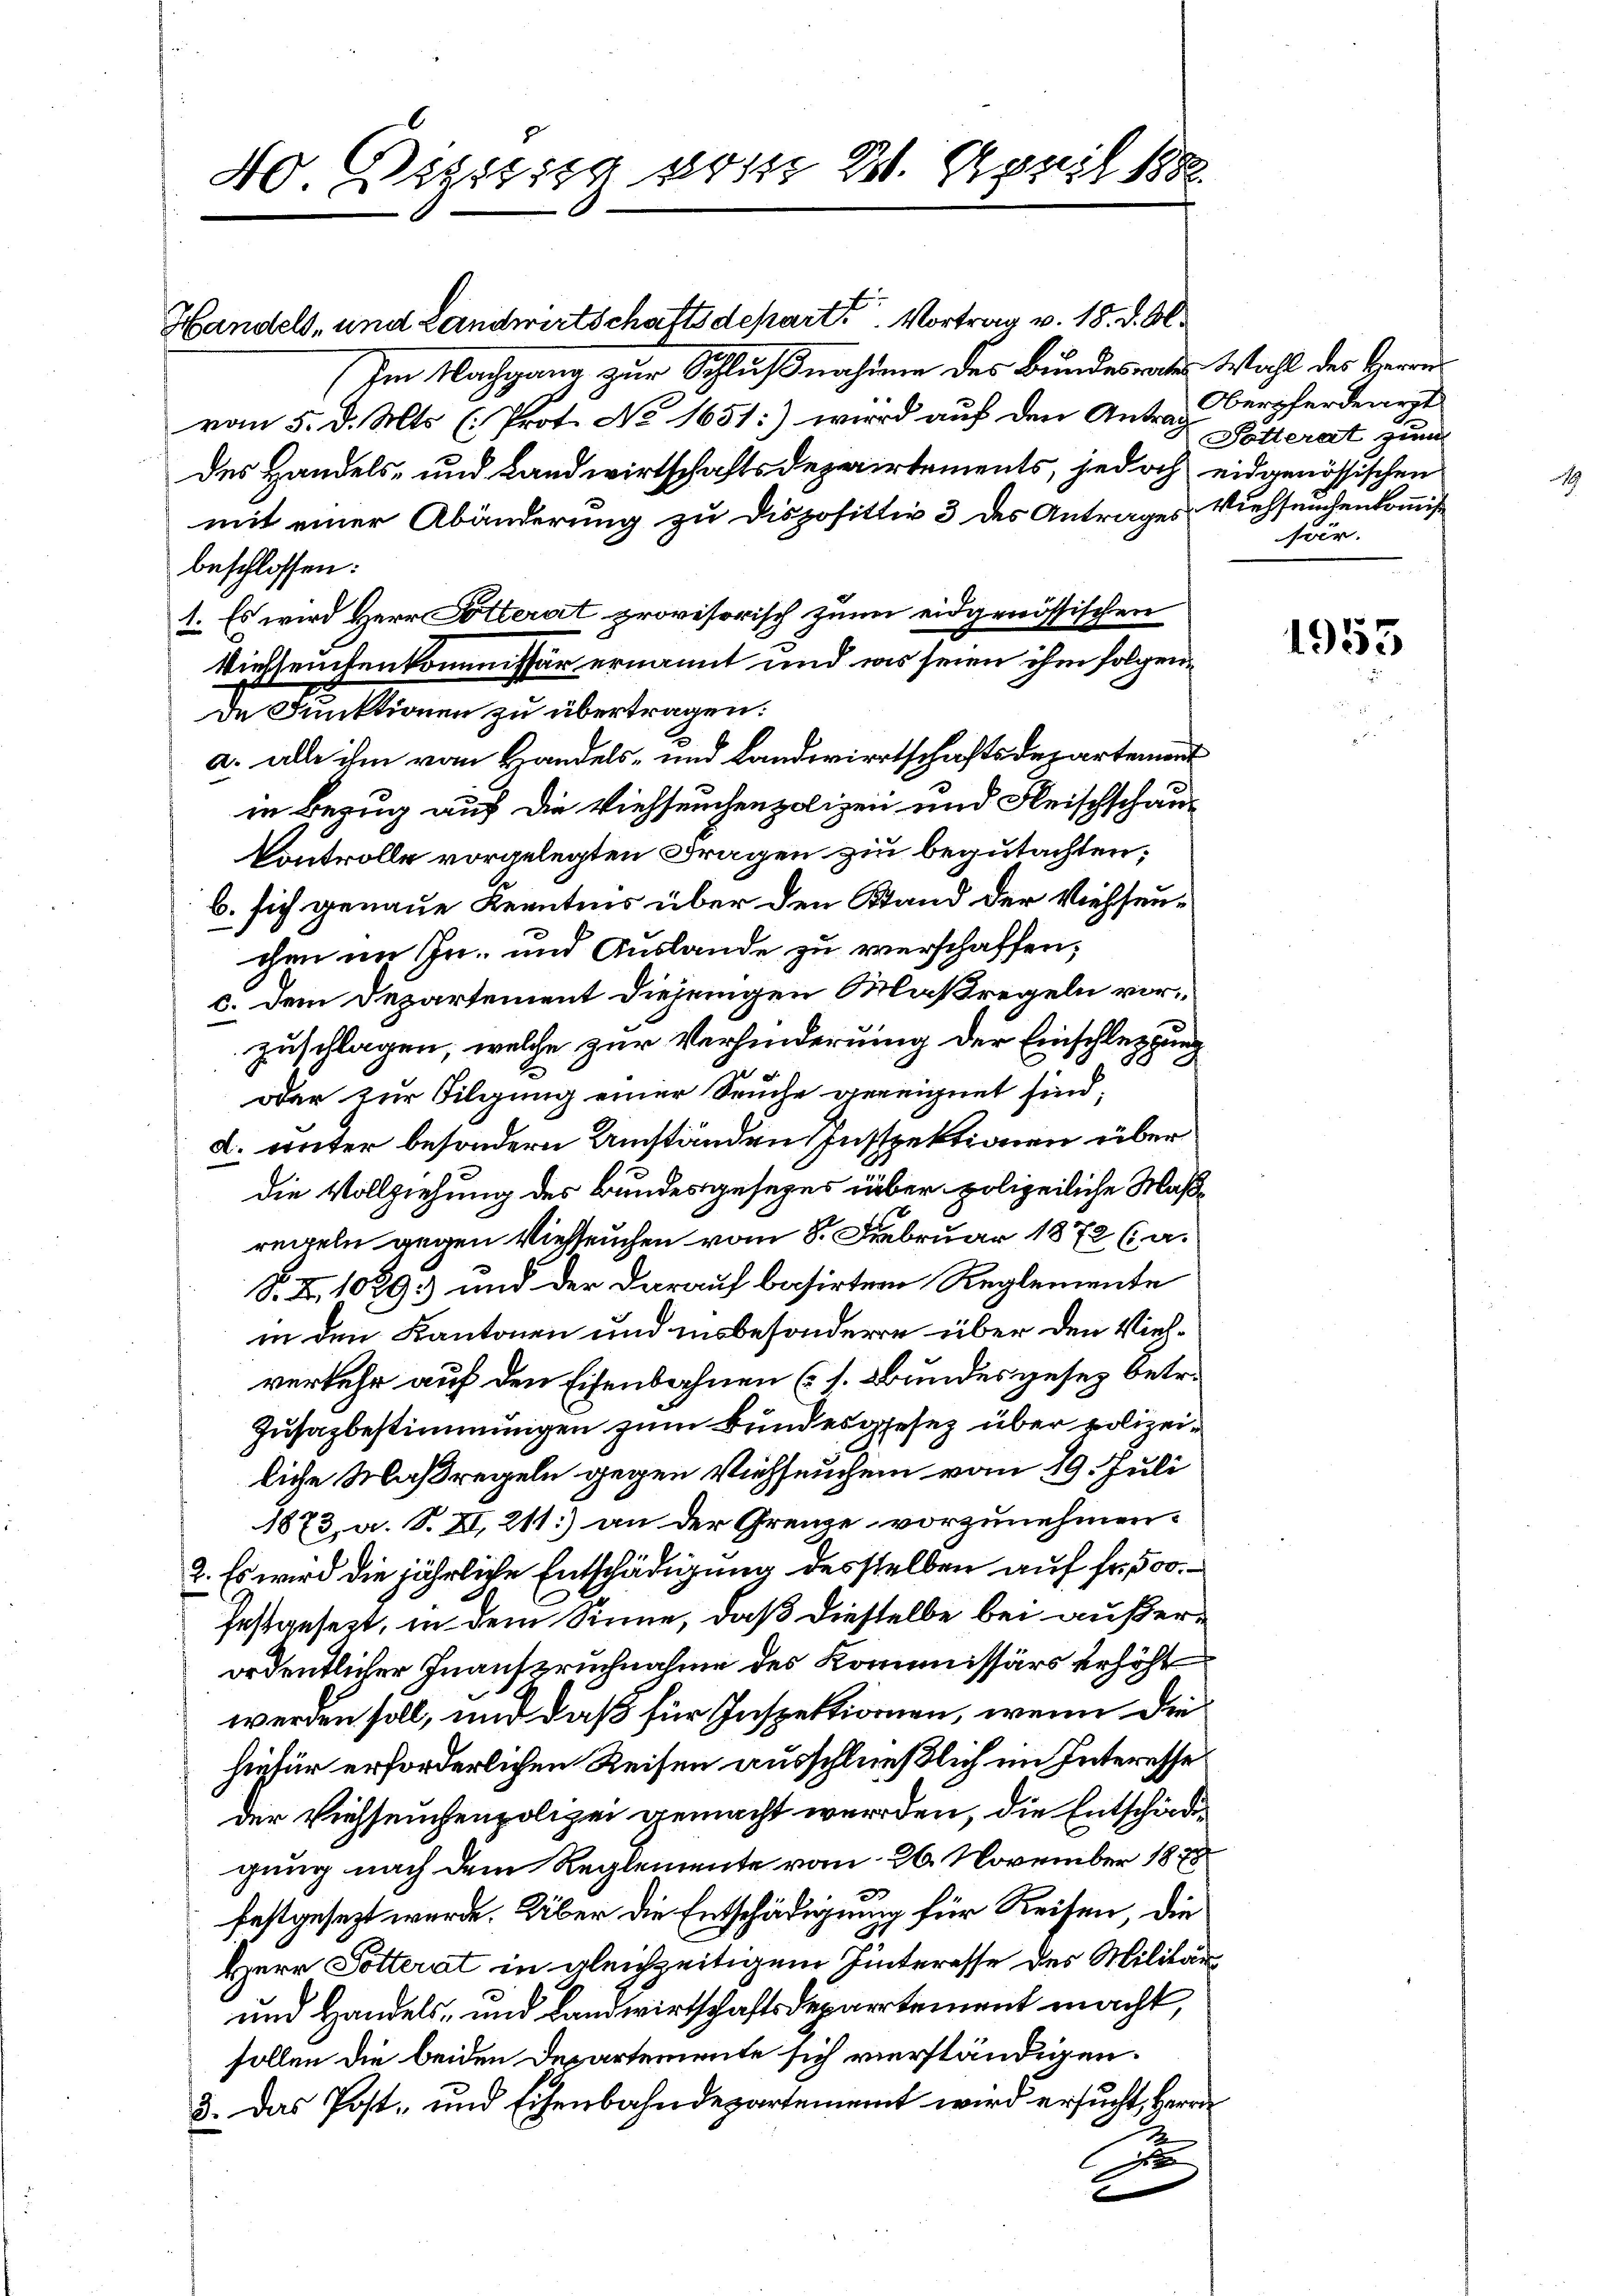
40. Diszig vom 22. April 1882.

Handels, und Landwirtschaftsdepart Vortrag v. 18. d. Al.
Im Nachgang zur Schlußnahmen des Bundesrathes Wahl des Herrn
von 5. d. Mts. (Prot. No 1651:) wird auf den Anton Verpferdearzt
des Handels- und Landwirtschaftsdepartements, jedoch eidgenössischen
mit einer Abänderung zu Dispositiv 3 des Antrages Viehseuchenkommißbeschlossen:
1. Es wird Herr Dotterat provisorisch zum eidgenössischen
Viehseuchenkommissär ernannt und was seien ihm folgende Funktionen zu übertragen:
a. alle ihm vom Handels- und Landwirtschaftsdepartement
in Bezug auf die Viehseuchenpolizei und Fleischschau¬
Controlle vorgelegten Fragen zu begutachten;
b. sich genaue Kenntnis über den Stand der Viehseuchen im In- und Auslande zu verschaffen,
c. dem Departement diejenigen Maßregeln vorzuschlagen, welche zur Verhinderung der Einschleppung
oder zur Tilgung einer Seuche gereignet sind;
d. unter besondern Umständen Inspektionen über
die Vollziehung des Bundesgesezes über polizeiliche Maßregeln gegen Vielleuchen vom 8. Februar 1872 (a.
S. Z. 1089. und der darauf basirten Reglemente
in den Kantonen und insbesondere über den Viehverkehr auf den Eisenbahnen (s. Bundesgesez betr.
Zusazbestimmungen zum Bundesgesez über polizeiliche Maßregeln gegen Viehseugen vom 29. Juli
1873, a. S. II, 211) an der Grenze vorzunehmen.
2. Es wird die jährliche Entschädigung desstellen auf Fr. 500.
festgesezt, in dem Sinne, daß diesselbe bei außerordentlicher Inanspruchnahme des Kommissärs erhöht
werden soll, und daß für Inspektionen, wenn die
hiefür erforderlichen Reisen ausschließlich im Interesse
der Viehseuchenpolizei gemacht werden, die Entschädigung nach dem Reglemente vom 26. November 1848
festgesezt wurde. Über die Entschädigung für Reisen, die
Herr Potterat in gleichzeitigem Hinteresse des Militär
und Handels- und Landwirtschaftsdepartement macht,
sollen die beiden Departemente sich verständigen.
3. Das Post- und Eisenbahndepartement wird ersucht, Herrn
J

Pötterat zum
fär.

1953

.